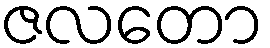
ဇလတော